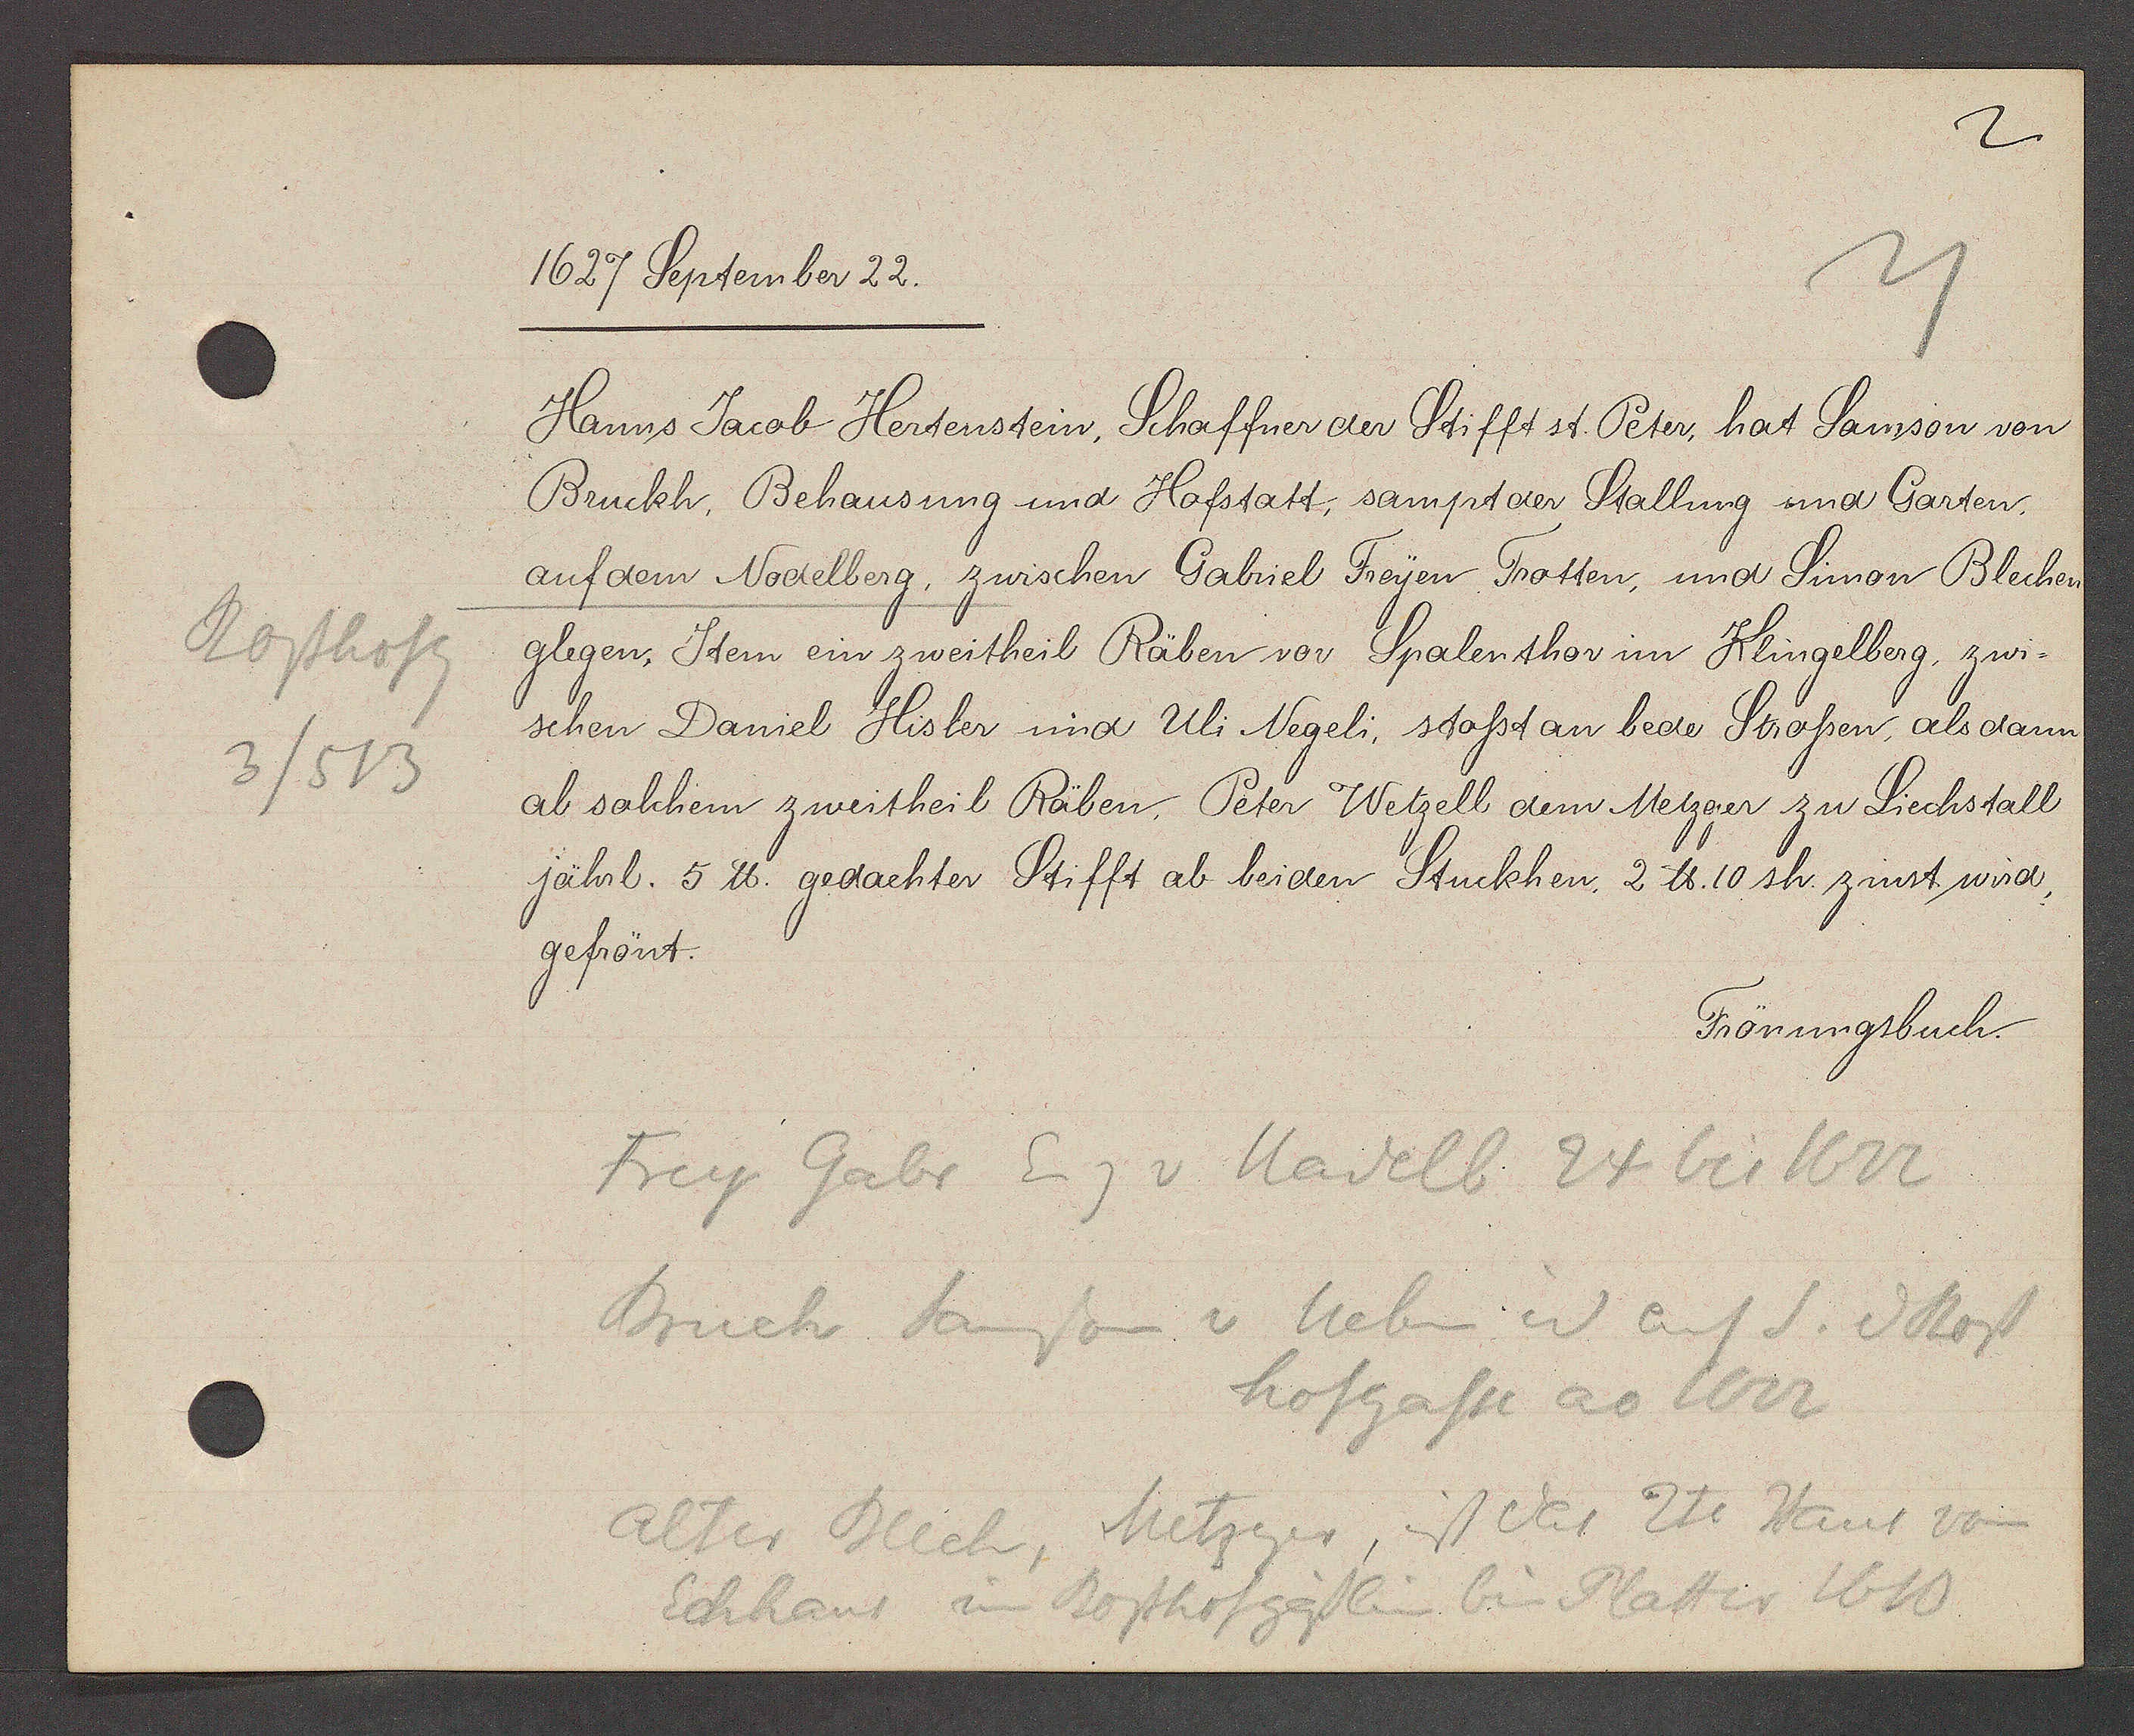
Transcript:
Rosshofg
3/513

1627 September 22.

Hanns Jacob Hertenstein, Schaffner der Stifft st. Peter, hat Samson von
Bruckh, Behausung und Hofstatt, sampt der Stallung und Garten,
auf dem Nodelberg, zwischen Gabriel Freyen Trotten, und Simon Blechen
glegen, Itern ein zweitheil Räben vor Spalenthor im Klingelberg, zwi¬
schen Daniel Hisler und Uli Negeli, stosst an bede Strossen, als dann
ab solchem zweitheil Räben, Peter Wetzell dem Metzger zu Liechstall
jährl. 5 ℔. gedachter Stifft ab beiden Stuckhen, 2 ℔. 10 sh. zinst wird,
gefrönt.

Frönungsbuch.

Frey Gabr Eig v Nadelb 24 bis 1622
Bruck Samson v neben id auf S. v Ross
hofgasse ao 1622
Alter Blech, Metzger, ist das 2te Haus von
Eckhaus im Rosshofgässlin bis Platter 1610